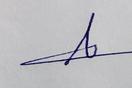
Signature authenticity: genuine